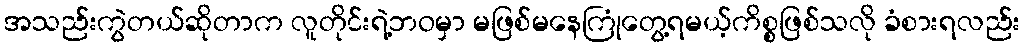
အသည်းကွဲတယ်ဆိုတာက လူတိုင်းရဲ့ဘဝမှာ မဖြစ်မနေကြုံတွေ့ရမယ့်ကိစ္စဖြစ်သလို ခံစားရလည်း